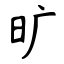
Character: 旷